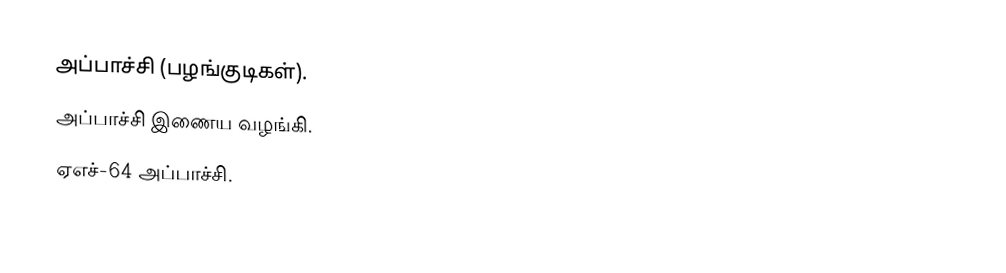
அப்பாச்சி (பழங்குடிகள்).
 அப்பாச்சி இணைய வழங்கி.
 ஏஎச்-64 அப்பாச்சி.